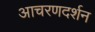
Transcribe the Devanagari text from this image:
आचरणदर्शन